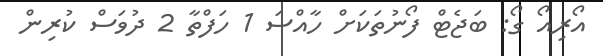
އޯރިއޯ ގޯ: ބަޖެޓް ފޯނުތަކަށް ހާއްސަ 1 ހަފްތާ 2 ދުވަސް ކުރިން